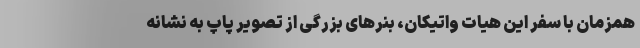
همزمان با سفر این هیات واتیکان، بنرهای بزرگی از تصویر پاپ به نشانه